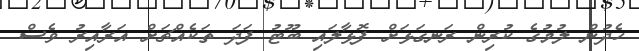
ހެދުން ލުމުގެ ކުރިން ރަނގަޅަށް ފޮޅާލައި ބޫޓު ފަދަ ތަކެއްޗަށް އަރާއިރު ވެސް